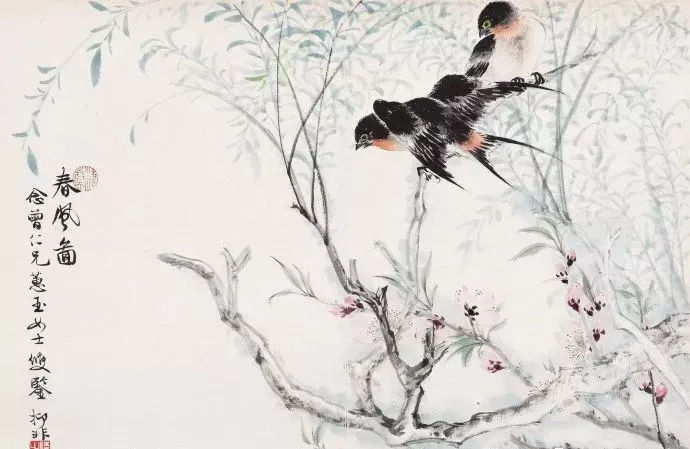
绿暗红稀春已暮，燕子衔泥，飞入垂杨处。